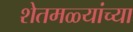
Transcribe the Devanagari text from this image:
शेतमळ्यांच्या